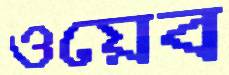
ওয়েব